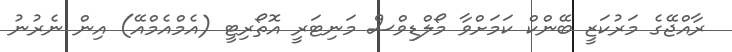
ރާއްޖޭގެ މަރުކަޒީ ބޭންކް ކަމަށްވާ މޯލްޑިވްސް މަނިޓަރީ އޮތޯރިޓީ (އެމްއެމްއޭ) އިން ނެރުނު